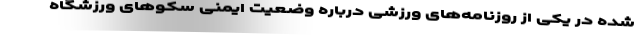
شده در یکی از روزنامه‌های ورزشی درباره وضعیت ایمنی سکوهای ورزشگاه